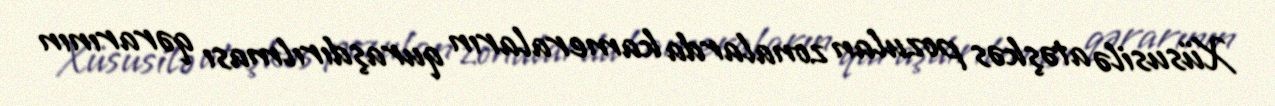
Xüsusilə atəşkəs pozulan zonalarda kameraların quraşdırılması qərarının